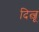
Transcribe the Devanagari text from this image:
दित्जू